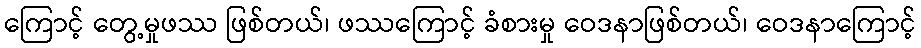
ကြောင့် တွေ့မှုဖဿ ဖြစ်တယ်၊ ဖဿကြောင့် ခံစားမှု ဝေဒနာဖြစ်တယ်၊ ဝေဒနာကြောင့်